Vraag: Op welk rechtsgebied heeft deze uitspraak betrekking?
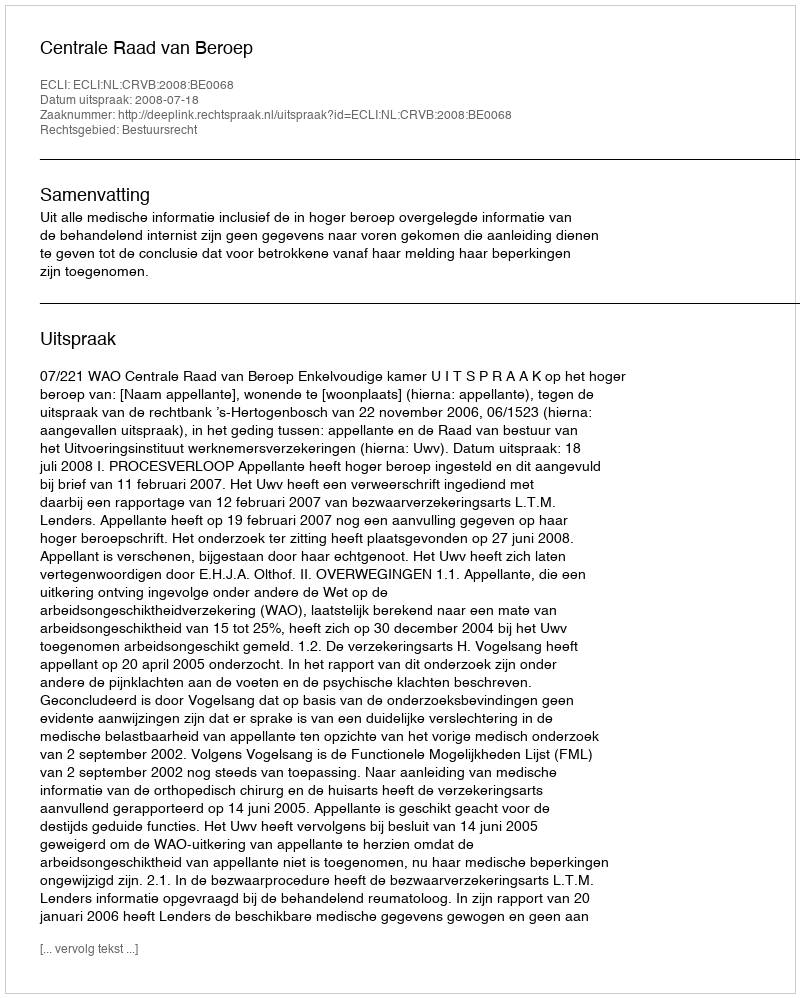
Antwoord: Bestuursrecht